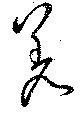
差